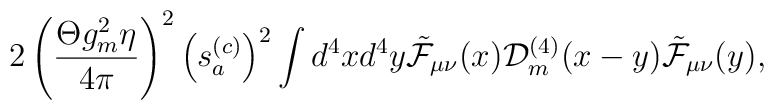
2\left(\frac{\Theta g_m^2\eta}{4\pi}\right)^2\left(s_a^{(c)}\right)^2\int d^4x d^4y\tilde{\cal F}_{\mu\nu}(x){\cal D}_m^{(4)}(x-y)\tilde{\cal F}_{\mu\nu}(y),